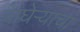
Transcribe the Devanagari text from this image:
वाघेऱ्याचा